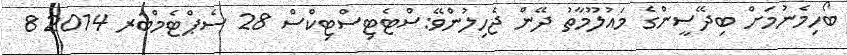
ބޯހިމެނުމަށް ބިދޭސީންގެ މައުލޫމާތު ދޭން ޖެހިލުންވޭ:ސްޓެޓިސްޓިކްސް 28 ސެޕްޓެމްބަރ 2014 8